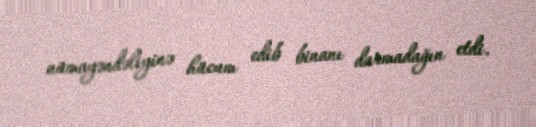
nümayəndəliyinə hücum edib binanı darmadağın etdi.